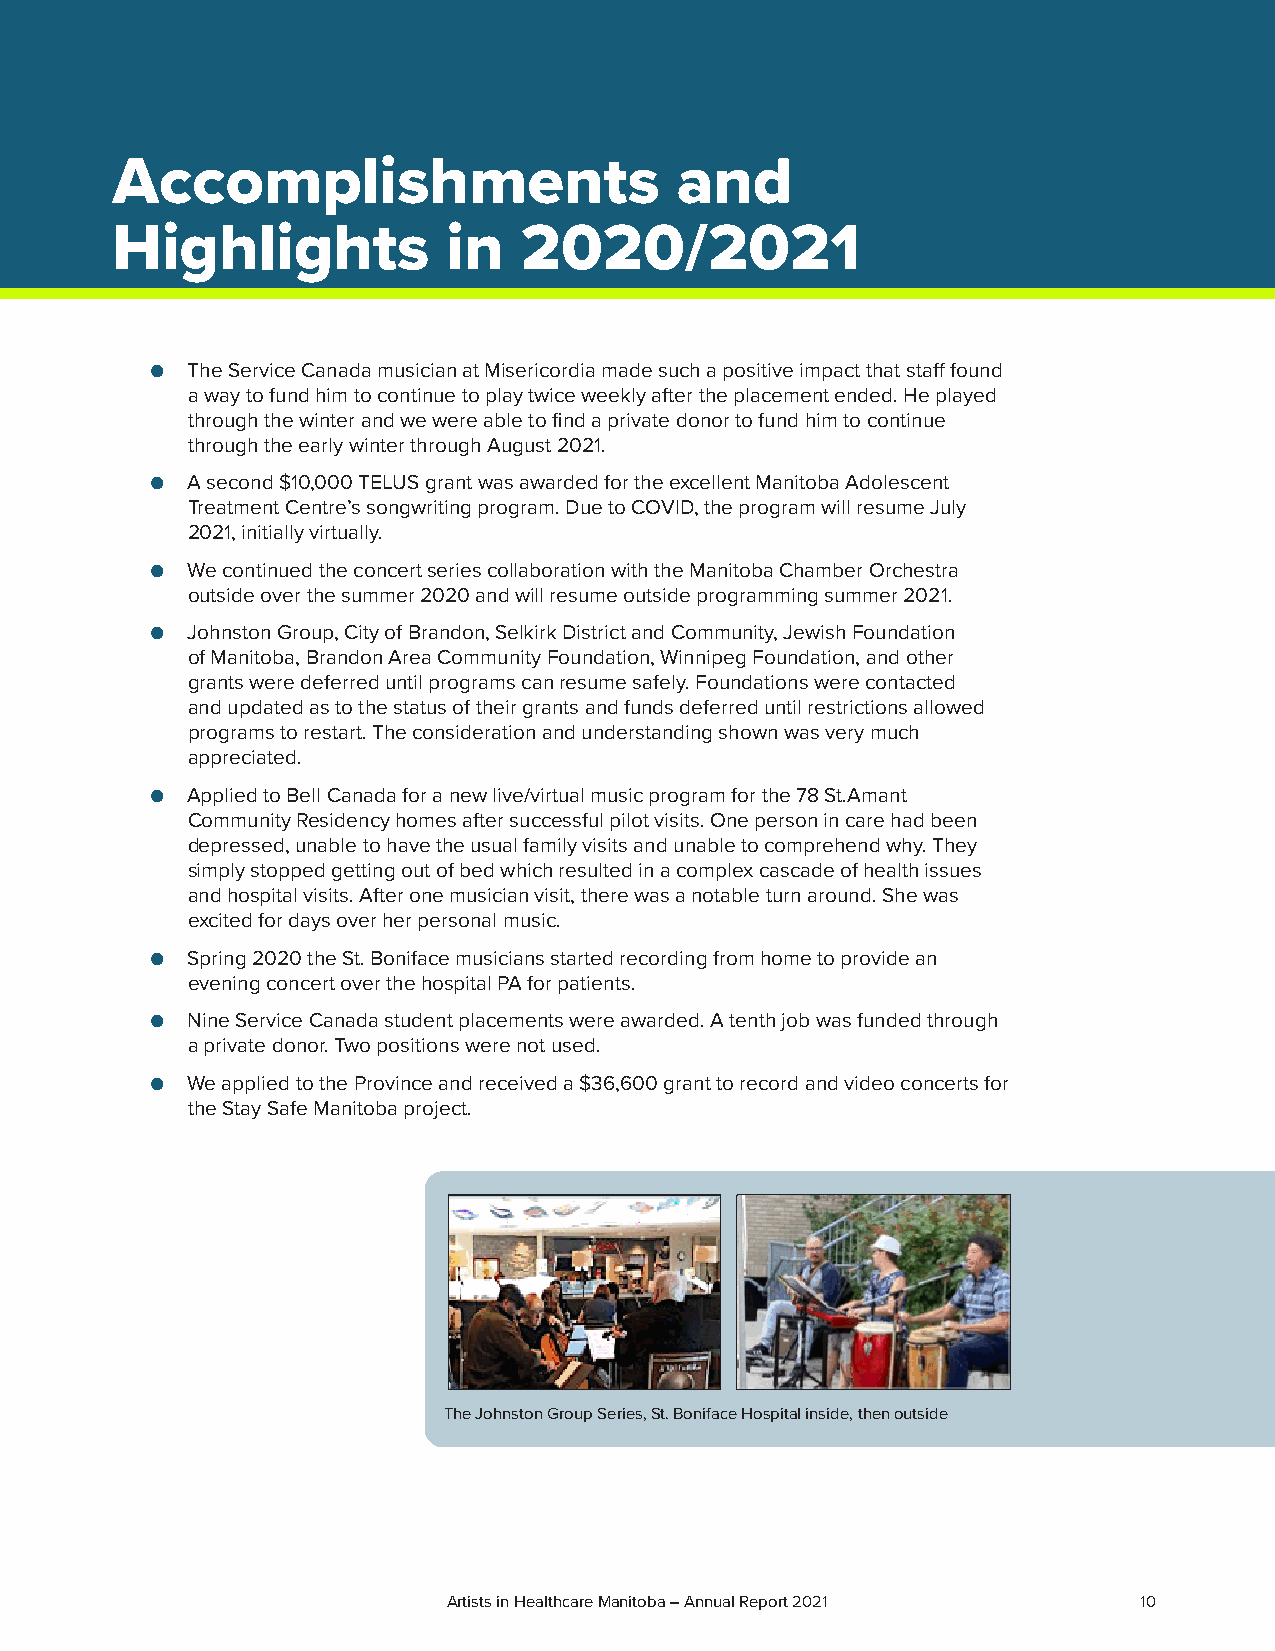
Accomplishments                       and
 Highlights             in  2020/2021
 ● The Service Canada musician at Misericordia made such a positive impact that staff found
 a way to fund him to continue to play twice weekly after the placement ended. He played
 through the winter and we were able to find a private donor to fund him to continue
 through the early winter through August 2021.
 ● A second $10,000 TELUS grant was awarded for the excellent Manitoba Adolescent
 Treatment Centre’s songwriting program. Due to COVID, the program will resume July
 2021, initially virtually.
 ● We continued the concert series collaboration with the Manitoba Chamber Orchestra
 outside over the summer 2020 and will resume outside programming summer 2021.
 ● Johnston Group, City of Brandon, Selkirk District and Community, Jewish Foundation
 of Manitoba, Brandon Area Community Foundation, Winnipeg Foundation, and other
 grants were deferred until programs can resume safely. Foundations were contacted
 and updated as to the status of their grants and funds deferred until restrictions allowed
 programs to restart. The consideration and understanding shown was very much
 appreciated.
 ● Applied to Bell Canada for a new live/virtual music program for the 78 St.Amant
 Community Residency homes after successful pilot visits. One person in care had been
 depressed, unable to have the usual family visits and unable to comprehend why. They
 simply stopped getting out of bed which resulted in a complex cascade of health issues
 and hospital visits. After one musician visit, there was a notable turn around. She was
 excited for days over her personal music.
 ● Spring 2020 the St. Boniface musicians started recording from home to provide an
 evening concert over the hospital PA for patients.
 ● Nine Service Canada student placements were awarded. A tenth job was funded through
 a private donor. Two positions were not used.
 ● We applied to the Province and received a $36,600 grant to record and video concerts for
 the Stay Safe Manitoba project.
 The Johnston Group Series, St. Boniface Hospital inside, then outside
 Artists in Healthcare Manitoba – Annual Report 2021 1100